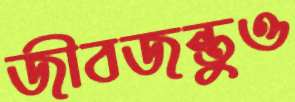
জীবজন্তুও